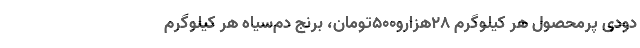
دودی پُرمحصول هر کیلوگرم ۲۸هزارو۵۰۰تومان، برنج دُم‌سیاه هر کیلوگرم